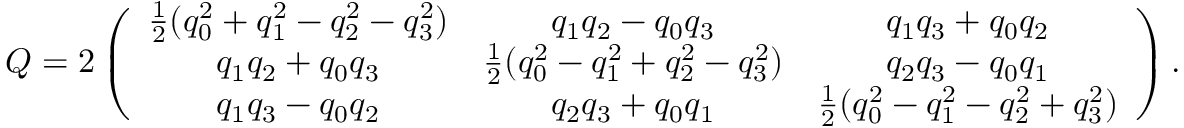
\begin{array} { r } { Q = 2 \left( \begin{array} { c c c c } { \frac { 1 } { 2 } ( q _ { 0 } ^ { 2 } + q _ { 1 } ^ { 2 } - q _ { 2 } ^ { 2 } - q _ { 3 } ^ { 2 } ) } & { q _ { 1 } q _ { 2 } - q _ { 0 } q _ { 3 } } & { q _ { 1 } q _ { 3 } + q _ { 0 } q _ { 2 } } \\ { q _ { 1 } q _ { 2 } + q _ { 0 } q _ { 3 } } & { \frac { 1 } { 2 } ( q _ { 0 } ^ { 2 } - q _ { 1 } ^ { 2 } + q _ { 2 } ^ { 2 } - q _ { 3 } ^ { 2 } ) } & { q _ { 2 } q _ { 3 } - q _ { 0 } q _ { 1 } } \\ { q _ { 1 } q _ { 3 } - q _ { 0 } q _ { 2 } } & { q _ { 2 } q _ { 3 } + q _ { 0 } q _ { 1 } } & { \frac { 1 } { 2 } ( q _ { 0 } ^ { 2 } - q _ { 1 } ^ { 2 } - q _ { 2 } ^ { 2 } + q _ { 3 } ^ { 2 } ) } \end{array} \right) . } \end{array}